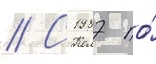
// С 1987 по́